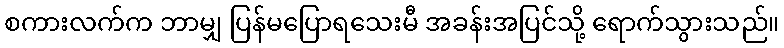
စကားလက်က ဘာမျှ ပြန်မပြောရသေးမီ အခန်းအပြင်သို့ ရောက်သွားသည်။